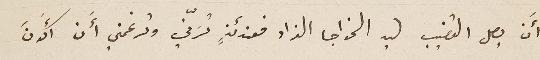
أَن يصل القضيب ليد الخواجا الفراد فعندئذٍ تسَرّني وترغمني أَن أَكونَ